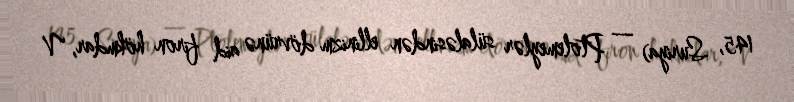
145, Suriya) — Ptolemeylər sülaləsindən ellinizm dövrünə aid firon hökmdar, V